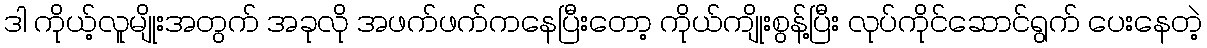
ဒါ ကိုယ့်လူမျိုးအတွက် အခုလို အဖက်ဖက်ကနေပြီးတော့ ကိုယ်ကျိုးစွန့်ပြီး လုပ်ကိုင်ဆောင်ရွက် ပေးနေတဲ့